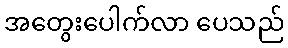
အတွေးပေါက်လာ ပေသည်